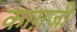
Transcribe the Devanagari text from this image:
काग़जी